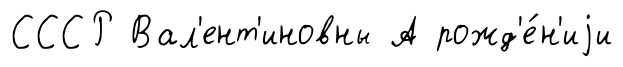
СССР Вал'ент'иновны А рожд'е́н'иjи